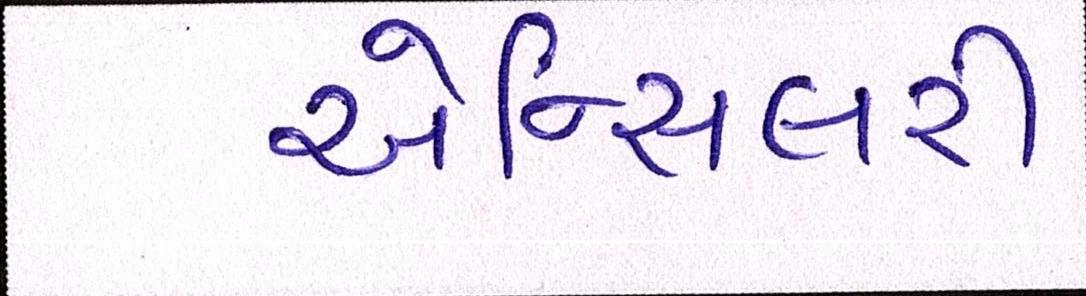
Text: એન્સિલરી